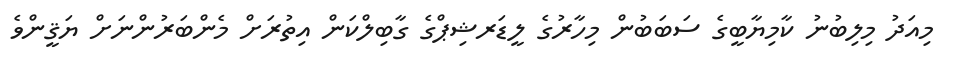
މިއަދު މިލިބުނު ކާމިޔާބީގެ ސަބަބުން މިހާރުގެ ލީޑަރޝިޕްގެ ގާބިލްކަން އިތުރަށް މެންބަރުންނަށް ޔަޤީންވެ